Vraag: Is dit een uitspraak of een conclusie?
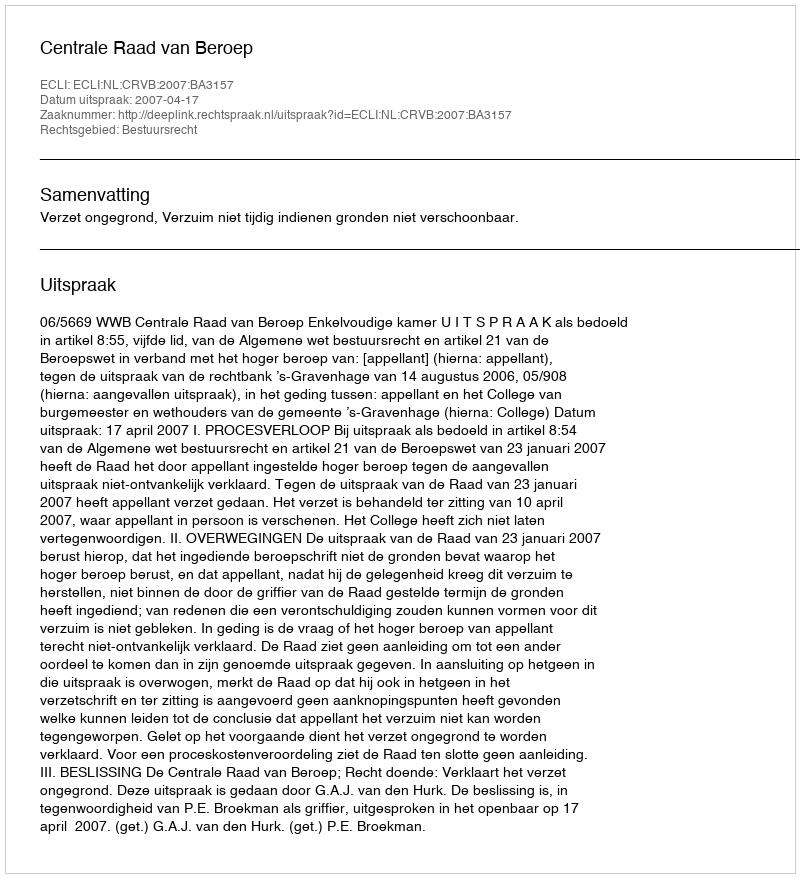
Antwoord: Uitspraak